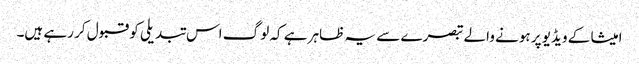
امیشا کے ویڈیو پر ہونے والے تبصرے سے یہ ظاہر ہے کہ لوگ اس تبدیلی کو قبول کر رہے ہیں۔